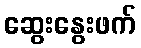
ဆွေးနွေးဖက်